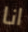
انا